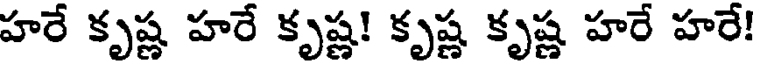
హరే కృష్ణ హరే కృష్ణ! కృష్ణ కృష్ణ హరే హరే!